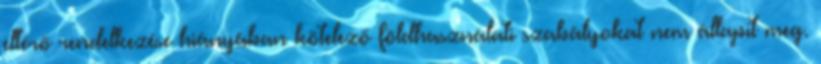
eltérő rendelkezése hiányában kötelező földhasználati szabályokat nem állapít meg.